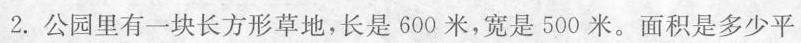
2.公园里有一块长方形草地，长是600米，宽是500米。面积是多少平